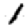
Digit: 1